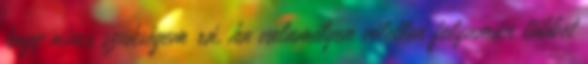
hogy nincs szükségem rá, ha valamilyen véletlen folyamán többet